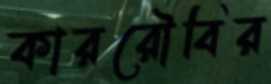
কাররৌবির